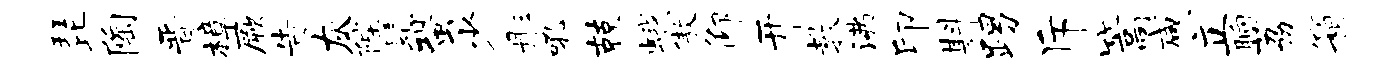
琵陶晋樟厥告灰陛髦蛩少彤吼兢蛾傲仰开教沸印斟踢斥篙咸立晌荔箱